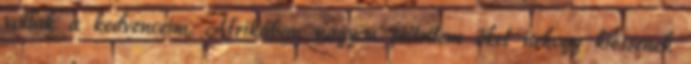
voltak a kedvenceim. Afrikában nagyon féltettem őket nehogy kiessenek